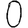
Digit: 0